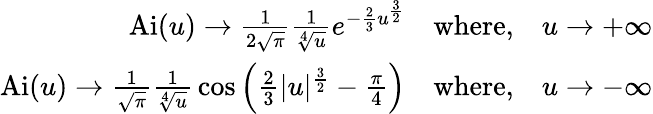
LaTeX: {\begin{array}{r}{\operatorname{Ai}(u)\rightarrow{\frac{1}{2{\sqrt{\pi}}}}{\frac{1}{\sqrt[{4}]{u}}}e^{-{\frac{2}{3}}u^{\frac{3}{2}}}\quad{\textrm{where,}}\quad u\rightarrow+\infty}\\ {\operatorname{Ai}(u)\rightarrow{\frac{1}{\sqrt{\pi}}}{\frac{1}{\sqrt[{4}]{u}}}\cos{\left({\frac{2}{3}}|u|^{\frac{3}{2}}-{\frac{\pi}{4}}\right)}\quad{\textrm{where,}}\quad u\rightarrow-\infty}\end{array}}